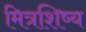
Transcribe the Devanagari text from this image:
मित्रशिष्य